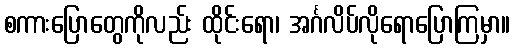
စကားပြောတွေကိုလည်း ထိုင်းရော၊ အင်္ဂလိပ်လိုရောပြောကြမှာ။